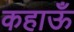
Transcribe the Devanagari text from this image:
कहाऊँ